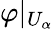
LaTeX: \varphi|_{U_{\alpha}}